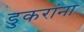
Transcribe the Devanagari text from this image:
डुकरांना